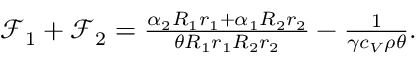
\begin{array} { r } { \mathcal { F } _ { 1 } + \mathcal { F } _ { 2 } = \frac { \alpha _ { 2 } R _ { 1 } r _ { 1 } + \alpha _ { 1 } R _ { 2 } r _ { 2 } } { \theta R _ { 1 } r _ { 1 } R _ { 2 } r _ { 2 } } - \frac { 1 } { \gamma c _ { V } \rho \theta } . } \end{array}